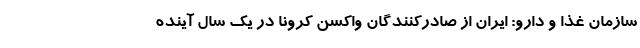
سازمان غذا و دارو: ایران از صادرکنندگان واکسن کرونا در یک سال آینده